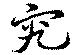
究